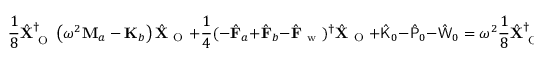
\frac { 1 } { 8 } \hat { \mathbf { X } } _ { \mathrm { ~ O ~ } } ^ { \dagger } \left( \omega ^ { 2 } \mathbf { M } _ { a } - \mathbf { K } _ { b } \right) \hat { \mathbf { X } } _ { \mathrm { ~ O ~ } } + \frac { 1 } { 4 } ( - \hat { \mathbf { F } } _ { a } + \hat { \mathbf { F } } _ { b } - \hat { \mathbf { F } } _ { \mathrm { ~ w ~ } } ) ^ { \dagger } \hat { \mathbf { X } } _ { \mathrm { ~ O ~ } } + \hat { \mathsf { K } } _ { 0 } - \hat { \mathsf { P } } _ { 0 } - \hat { \mathsf { W } } _ { 0 } = \omega ^ { 2 } \frac { 1 } { 8 } \hat { \mathbf { X } } _ { \mathrm { ~ O ~ } } ^ { \dagger } \mathbf { M } _ { \mathrm { ~ e ~ f ~ f ~ } } \hat { \mathbf { X } } _ { \mathrm { ~ O ~ } } - \frac { 1 } { 4 } \hat { \mathbf { F } } _ { \mathrm { ~ e ~ f ~ f ~ } } ^ { \dagger } \hat { \mathbf { X } } _ { \mathrm { ~ O ~ } } - \overline { { \mathsf { P } } } _ { \mathrm { ~ e ~ f ~ f ~ } } \, .